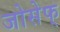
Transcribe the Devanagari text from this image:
जोसेफ्